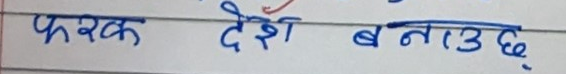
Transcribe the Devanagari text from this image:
फरक देश बनाउछ.